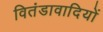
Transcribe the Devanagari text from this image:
वितंडावादियों